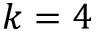
k = 4